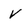
Character: V